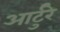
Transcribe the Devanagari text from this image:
आर्टुरे